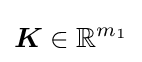
{\boldsymbol {K}}\in \mathbb {R} ^{m_{1}}